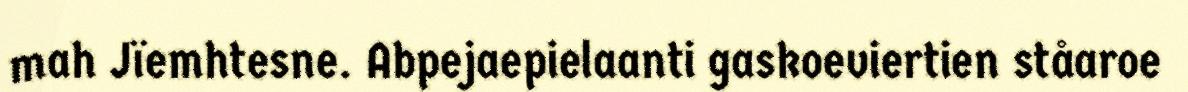
mah Jïemhtesne. Abpejaepielaanti gaskoeviertien ståaroe